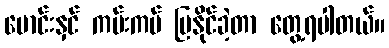
မောင်းနှင် ကမ်းကပ် ပြနိုင်ခဲ့တာ တွေ့ရပါတယ်။